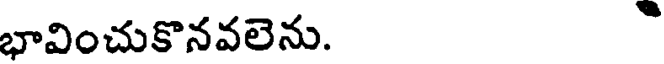
భావించుకొనవలెను.